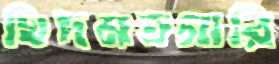
খিদমতগারি